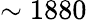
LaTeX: \sim 1880